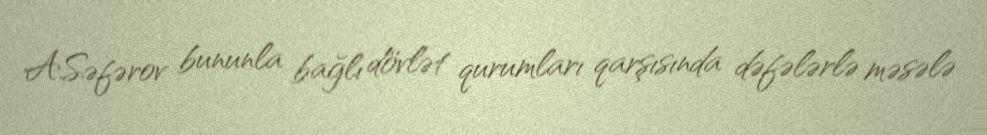
A.Səfərov bununla bağlı dövlət qurumları qarşısında dəfələrlə məsələ